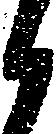
候